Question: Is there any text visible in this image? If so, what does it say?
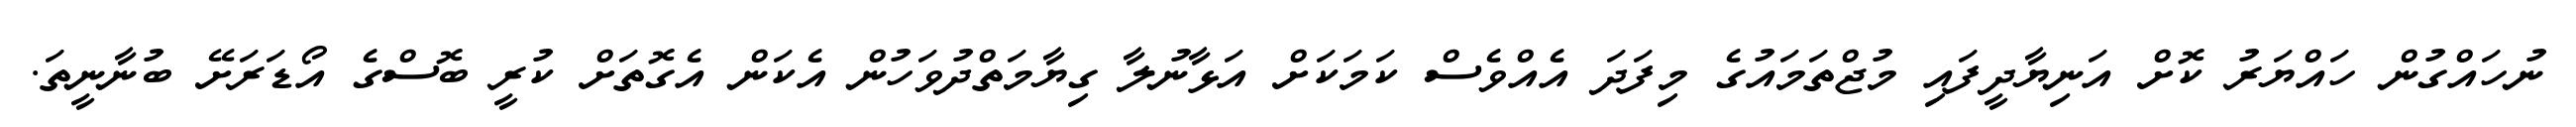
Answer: ނުހައްގުން ހައްޔަރު ކޮށް އަނިޔާދީފައި މުޖްތަމައުގެ މިފަދަ އެއްވެސް ކަމަކަށް އަޅާނުލާ ގިޔާމަތްދުވަހުން އެކަން އެގޮތަށް ކުރީ ބޮސްގެ އޯޑަރަށޭ ބުނާނީތަ.